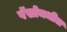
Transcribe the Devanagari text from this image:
पॅसोमधील